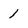
Character: 1